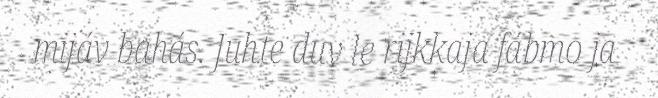
mijáv bahás. Juhte duv le rijkkaja fábmo ja